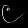
Digit: ၉